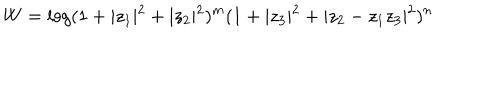
W = \log ( 1 + \vert z _ { 1 } \vert ^ { 2 } + \vert z _ { 2 } \vert ^ { 2 } ) ^ { m } ( 1 + \vert z _ { 3 } \vert ^ { 2 } + \vert z _ { 2 } - z _ { 1 } z _ { 3 } \vert ^ { 2 } ) ^ { n }